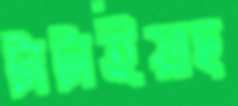
টাটাইয়াছ